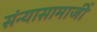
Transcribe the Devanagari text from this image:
संन्यासामाजीं